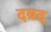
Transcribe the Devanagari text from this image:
दवद